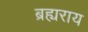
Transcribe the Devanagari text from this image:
ब्रह्यराय